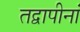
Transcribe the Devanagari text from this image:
तद्वापीनां